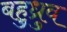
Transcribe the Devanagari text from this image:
बहुध्रुव